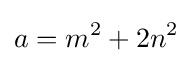
a=m^{2}+2n^{2}